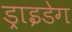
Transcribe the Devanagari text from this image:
ड्राइडेग